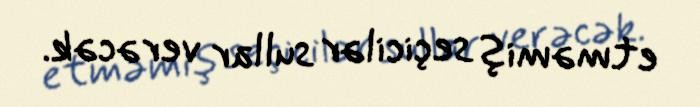
etməmiş seçicilər sullar verəcək.